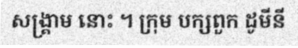
សង្គ្រាម នោះ ។ ក្រុម បក្សពួក ដូមីនី